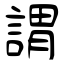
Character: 謂